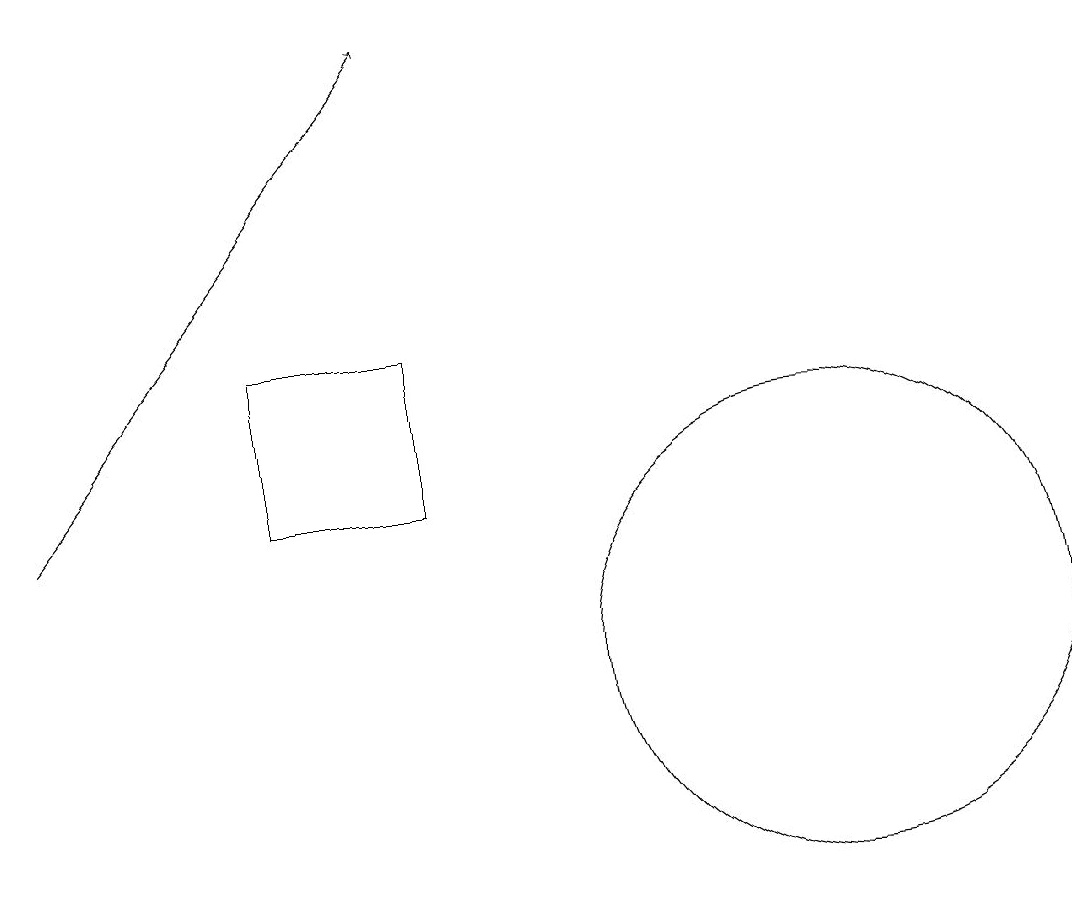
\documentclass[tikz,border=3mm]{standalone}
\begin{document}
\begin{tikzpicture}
\draw[->] (0,12) -- (5,18);
\draw (3,14) rectangle (5,12);
\draw (10,10) circle (3);
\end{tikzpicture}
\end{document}